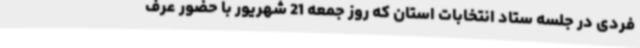
فردی در جلسه ستاد انتخابات استان که روز جمعه 21 شهریور با حضور عرف